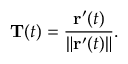
\mathbf { T } ( t ) = { \frac { \mathbf { r } ^ { \prime } ( t ) } { \| \mathbf { r } ^ { \prime } ( t ) \| } } .